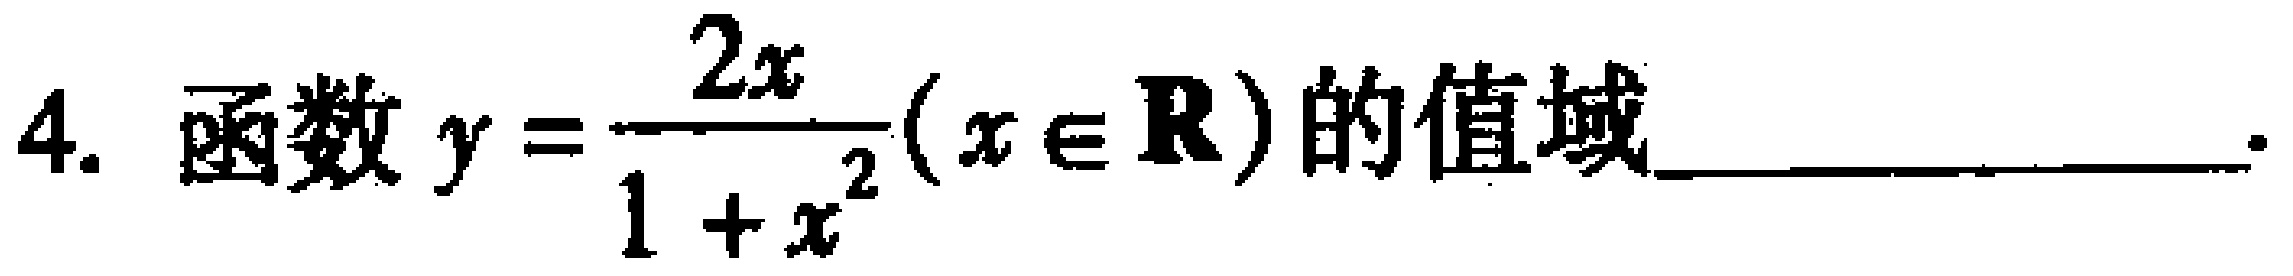
4. 函数$y = \frac{2x}{1 + x^{2}}(x \in \mathbf{R})$的值域_________________.